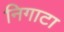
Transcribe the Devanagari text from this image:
निगाटा